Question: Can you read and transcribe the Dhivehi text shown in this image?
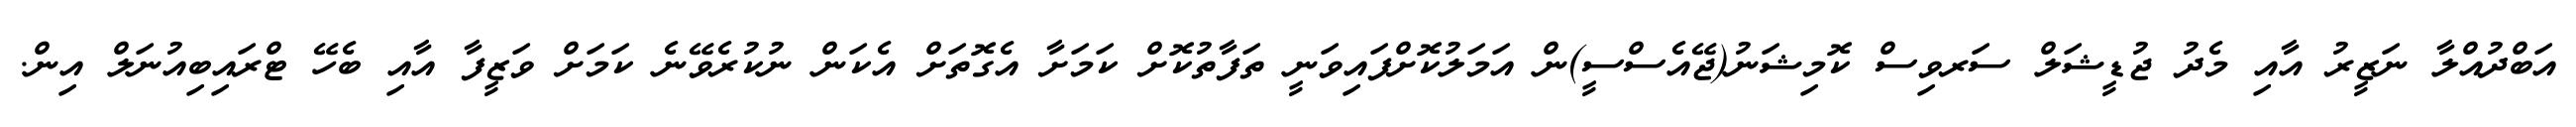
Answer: އަބްދުއްލާ ނަޒީރު އާއި މެދު ޖުޑީޝަލް ސަރވިސް ކޮމިޝަނު(ޖޭއެސްސީ)ން އަމަލުކޮށްފައިވަނީ ތަފާތުކޮށް ކަމަށާ އެގޮތަށް އެކަން ނުކުރެވޭނެ ކަމަށް ވަޒީފާ އާއި ބެހޭ ޓްރައިބިއުނަލް އިން.